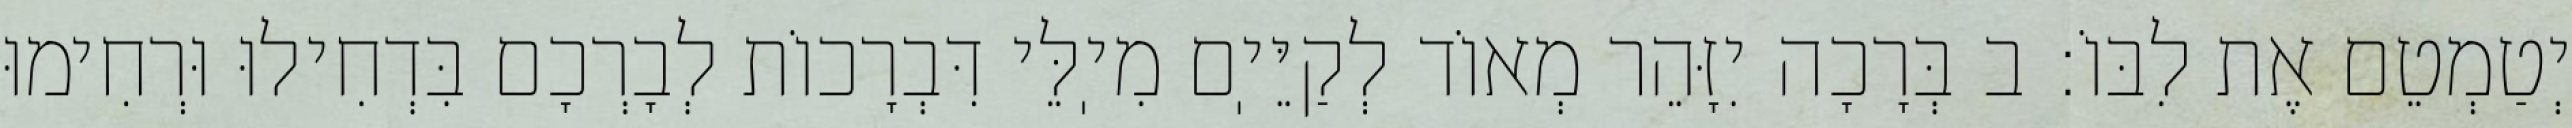
יְטַמְטֵם אֶת לִבּוֹ: ב בְּרָכָה יִזָּהֵר מְאוֹד לְקַיֵּיֽם מִיֽלֵּי דִּבְרָכוֹת לְבָרְכָם בִּדְחִילוּ וּרְחִימוּ